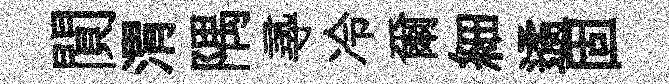
閴渭隅𡬶冷爾細遹固